Indian journal of veterinary science and animal husbandry - Volume 5,
Year: 1935
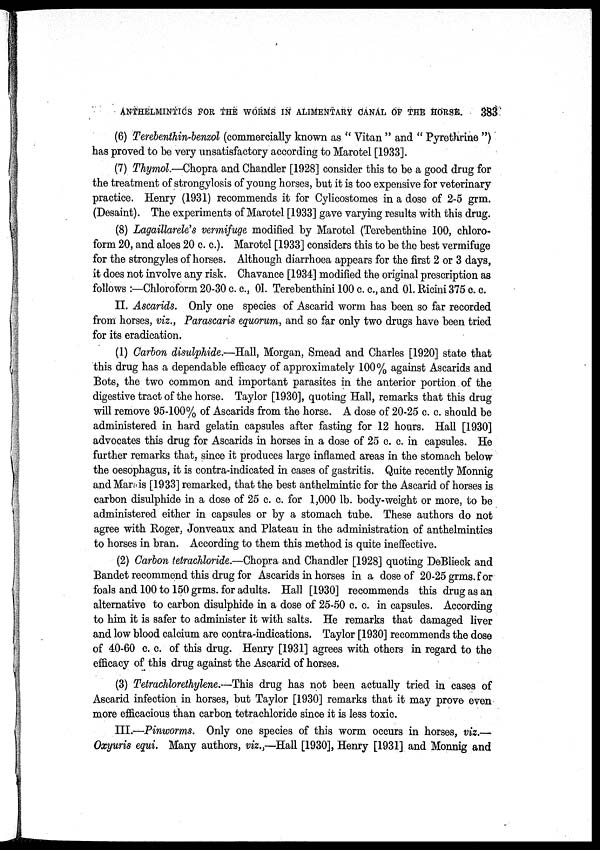
ANTHELMINTICS FOR THE WORMS IN ALIMENTARY CANAL OF THE HORSE.
383
(6) Terebenthin-benzol (commercially known as " Vitan " and " Pyrethrine ")
has proved to be very unsatisfactory according to Marotel [1933].
(7) Thymol.—Chopra and Chandler [1928] consider this to be a good drug for
the treatment of strongylosis of young horses, but it is too expensive for veterinary
practice. Henry (1931) recommends it for Cylicostomes in a dose of 2-5 grm.
(Desaint). The experiments of Marotel [1933] gave varying results with this drug.
(8) Lagaillarele's vermifuge modified by Marotel (Terebenthine 100, chloro-
form 20, and aloes 20 c. c.). Marotel [1933] considers this to be the best vermifuge
for the strongyles of horses. Although diarrhoea appears for the first 2 or 3 days,
it does not involve any risk. Chavance [1934] modified the original prescription as
follows :—Chloroform 20-30 c. c., 01. Terebenthini 100 c. c., and 01. Ricini 375 c. c.
II. Ascarids. Only one species of Ascarid worm has been so far recorded
from horses, viz., Parascaris equorum, and so far only two drugs have been tried
for its eradication.
(1) Carbon disulphide.—Hall, Morgan, Smead and Charles [1920] state that
this drug has a dependable efficacy of approximately 100% against Ascarids and
Bots, the two common and important parasites in the anterior portion of the
digestive tract of the horse. Taylor [1930], quoting Hall, remarks that this drug
will remove 95-100% of Ascarids from the horse. A dose of 20-25 c. c. should be
administered in hard gelatin capsules after fasting for 12 hours. Hall [1930]
advocates this drug for Ascarids in horses in a dose of 25 c. c. in capsules. He
further remarks that, since it produces large inflamed areas in the stomach below
the oesophagus, it is contra-indicated in cases of gastritis. Quite recently Monnig
and Marais [1933] remarked, that the best anthelmintic for the Ascarid of horses is
carbon disulphide in a dose of 25 c. c. for 1,000 lb. body-weight or more, to be
administered either in capsules or by a stomach tube. These authors do not
agree with Roger, Jonveaux and Plateau in the administration of anthelmintics
to horses in bran. According to them this method is quite ineffective.
(2) Carbon tetrachloride.—Chopra and Chandler [1928] quoting DeBlieck and
Bandet recommend this drug for Ascarids in horses in a dose of 20-25 grms. for
foals and 100 to 150 grms. for adults. Hall [1930] recommends this drug as an
alternative to carbon disulphide in a dose of 25-50 c. c. in capsules. According
to him it is safer to administer it with salts. He remarks that damaged liver
and low blood calcium are contra-indications. Taylor [1930] recommends the dose
of 40-60 c. c. of this drug. Henry [1931] agrees with others in regard to the
efficacy of this drug against the Ascarid of horses.
(3) Tetrachlorethylene.—This drug has not been actually tried in cases of
Ascarid infection in horses, but Taylor [1930] remarks that it may prove even
more efficacious than carbon tetrachloride since it is less toxic.
III.—Pinworms. Only one species of this worm occurs in horses, viz.—
Oxyuris equi. Many authors, viz.,—Hall [1930], Henry [1931] and Monnig and